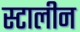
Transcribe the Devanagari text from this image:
स्टालीन